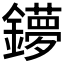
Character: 𨮒